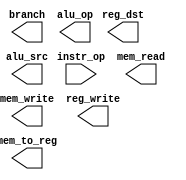
//=========================================================================
// Name & Email must be EXACTLY as in Gradescope roster!
// Name: 
// Email: 
// 
// Assignment name: 
// Lab section: 
// TA: 
// 
// I hereby certify that I have not received assistance on this assignment,
// or used code, from ANY outside source other than the instruction team
// (apart from what was provided in the starter file).
//
//=========================================================================

// --------------------------------------
// Opcodes 
// --------------------------------------

`define OPCODE_R_TYPE       6'b000000
`define OPCODE_LOAD_WORD    6'b100011
`define OPCODE_STORE_WORD   6'b101011
`define OPCODE_BRANCH_EQ    6'b000100
`define OPCODE_ADDI         6'b001000

module control  (
    input  wire [5:0] instr_op, 
    output reg       reg_dst,   
    output reg       branch,     
    output reg       mem_read,  
    output reg       mem_to_reg,
    output reg [1:0] alu_op,        
    output reg       mem_write, 
    output reg       alu_src,    
    output reg       reg_write
    );

// ------------------------------
// Insert your solution below
// ------------------------------ 
always @(instr_op)
begin 
   // Put your solution here
end 
endmodule